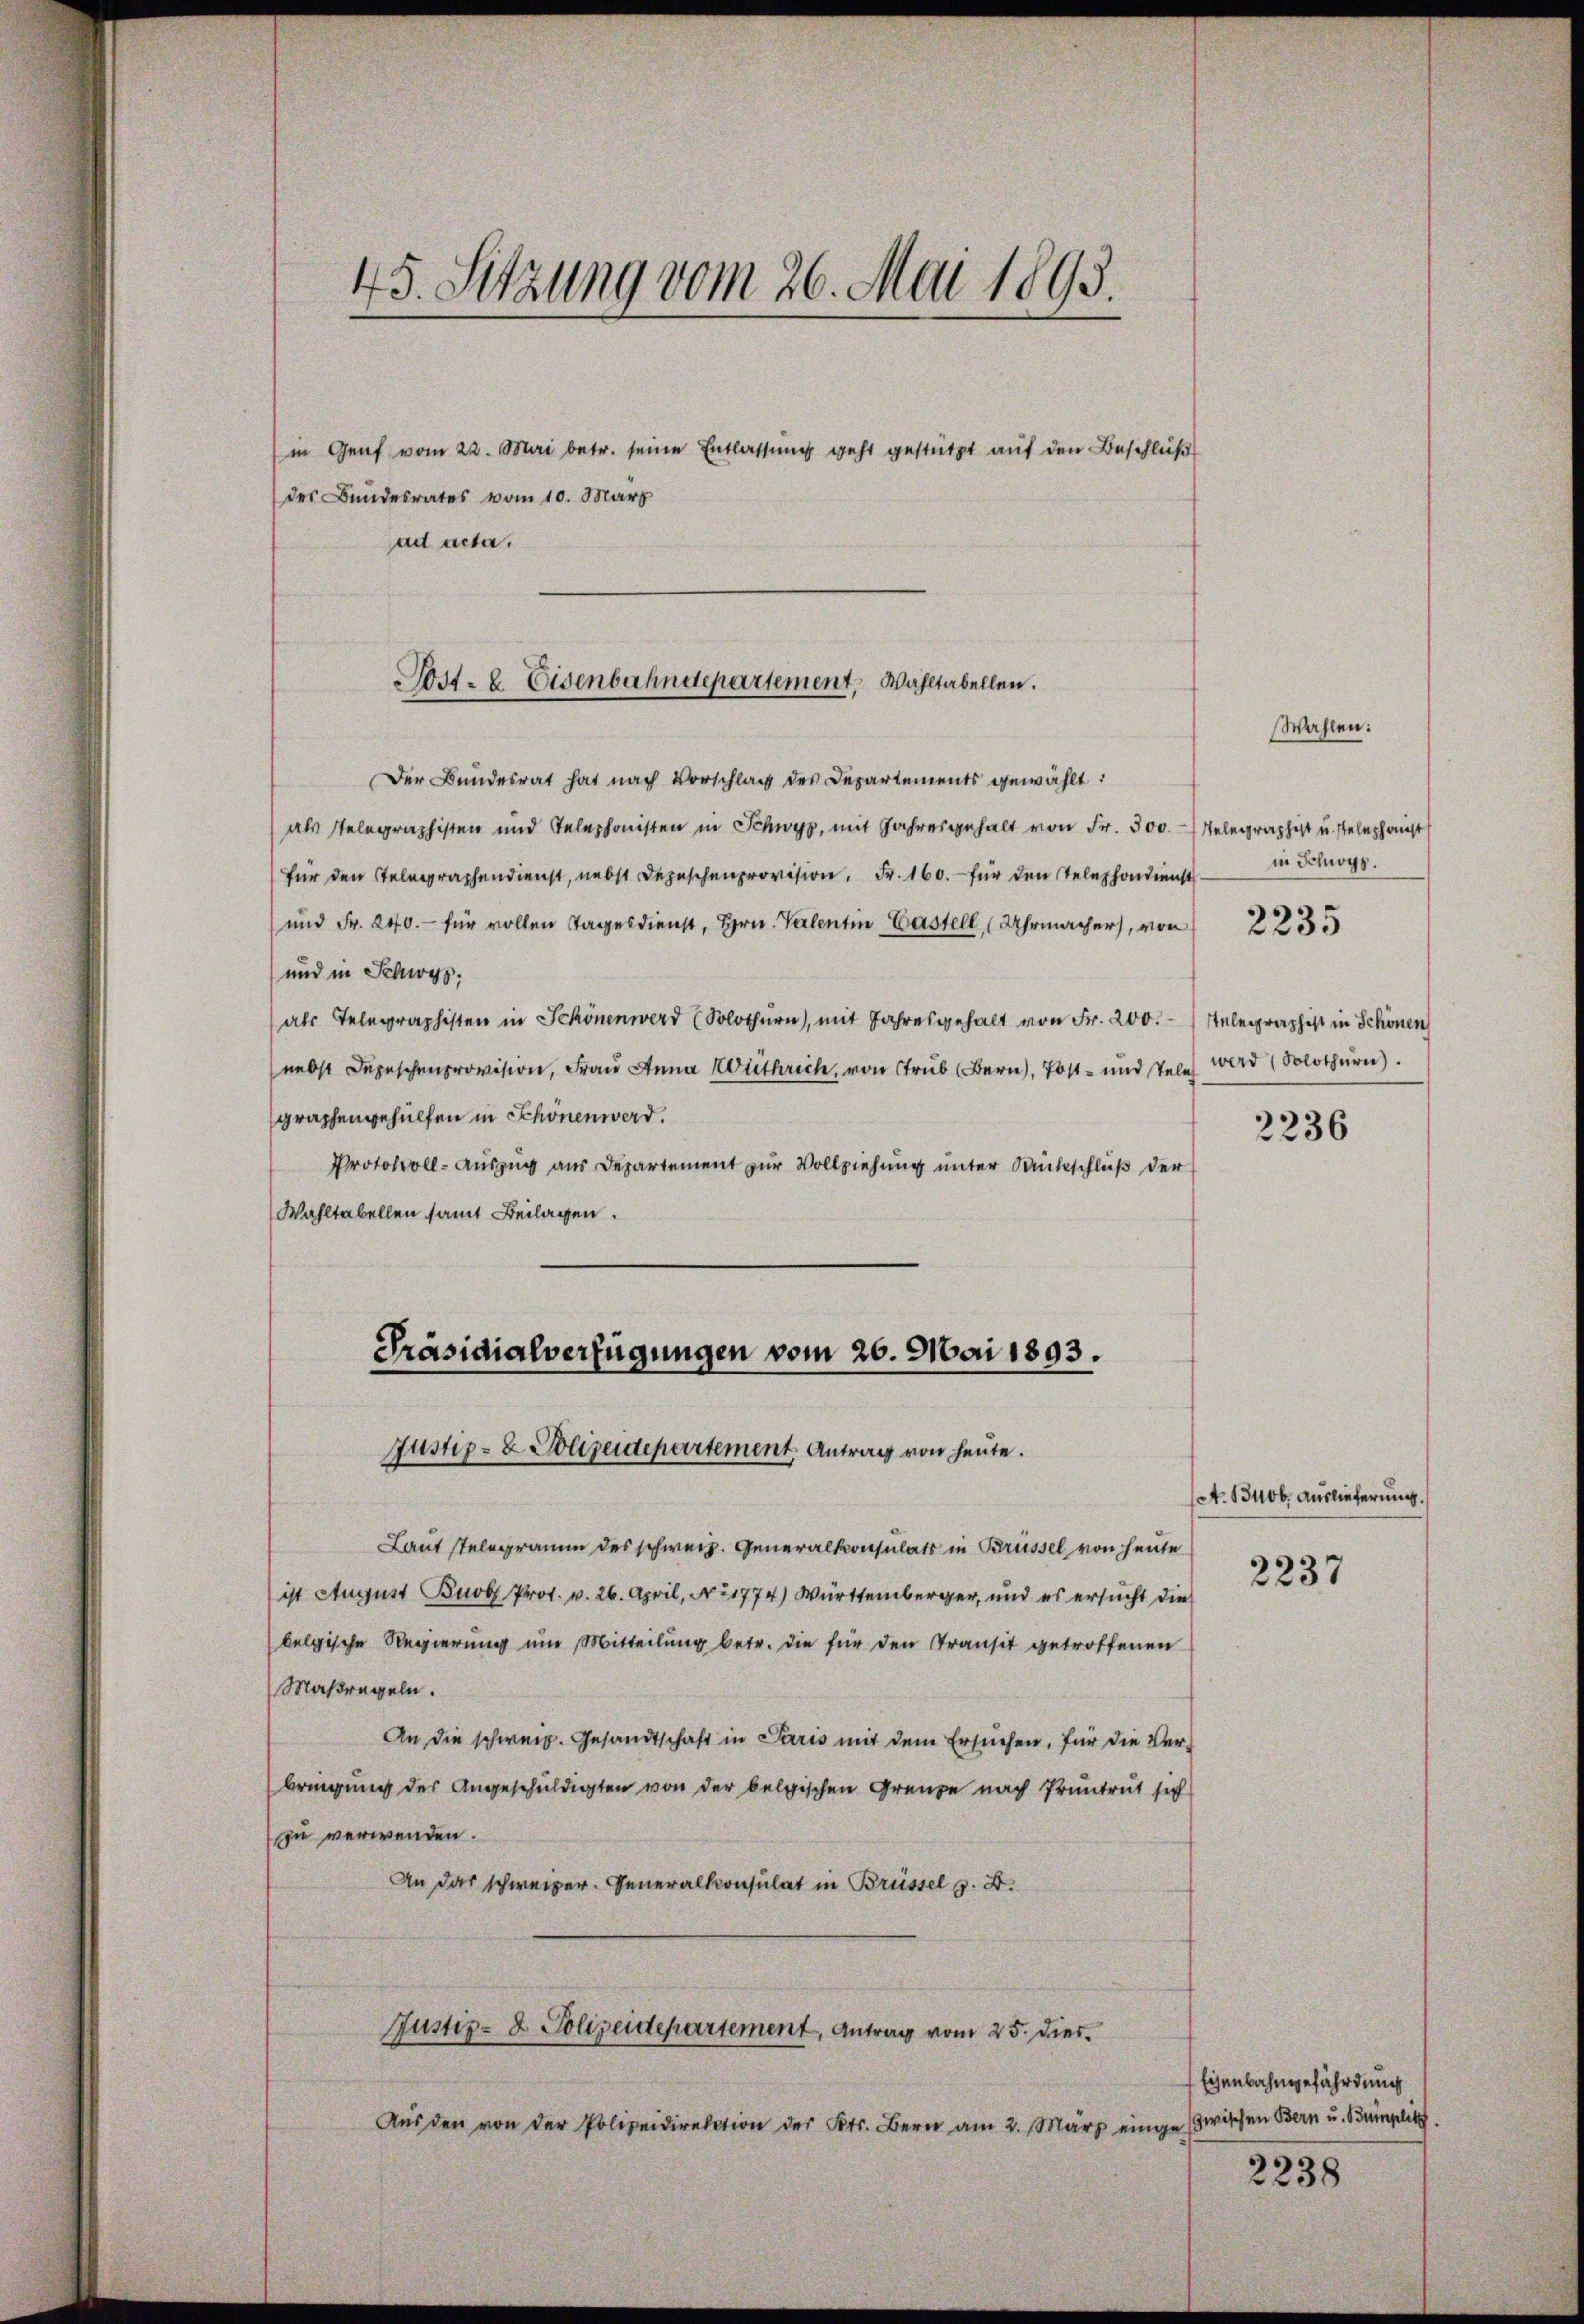
45. Sitzung vom 26. Mai 1893.

in Genf vom 22. Mai betr. seine Entlassung geht gestützt auf den Beschluß
des Bundesrates vom 10. März
ad acta.

Post- u. Eisenbahndepartement, Wahltabellen.

Der Bundesrat hat nach Vorschlag des Departements gewählt:
als stelegraphisten und Telephonisten in Schwyz, mit Jahresgehalt von Fr. 300. Telegraphist u. stelephanst
für den Telegraphendienst, nebst Depeschenprovision, Fr. 160. für den Telephondienst g
und Fr. 240.- für vollen Tagesdienst, Hrn. Valentin Castell (Uhrmacher, von
und in Schwyz.
als Telegraphisten in Schönenwerd (Solothurn, mit Jahresgehalt von Fr. 200.
nebst Depeschenprovision, Frau Anna Withrich, von Trub (Bern, Post- und tele
graphengehülfen in Schönen werd.
Protokoll-Auszug aus Departement zur Vollziehung unter Rückschluß der
Wahltabellen samt Beilagen.

Präsidialverfügungen vom 26. Mai 1893.
Justiz- & Polizeidepartement Antrag von heute.

Laut stelegramm des schweiz. Generalkonsulats in Brüssel von heute
ist August Buobl. Prot. v. 26. April, No 1774) Württemberger, und es ersucht die
belgische Regierung um Mitteilung betr. die für den Transit getroffenen
Maßregeln.
An die schweiz. Gesandtschaft in Paris mit dem Ersuchen, für die Ver-
bringung der Angeschuldigten von der belgischen Grenze nach Pruntrut sich
zu verwenden.
An das schweizer. Generalkonsulat in Brüssel z. B.
Justiz- & Polizeidepartement, Antrag vom 25. Dies
Aŭs den von der Polizeidirektion des Kts. Bern am 2. März einge zwischen Bern u. Bumplitt.

Wahlen:

2235

Telegraphist in Schönen
wird (Solothurn).

2236

(A. 13400. Auslieferung.

2237

Eisenbahngefährdung

2238